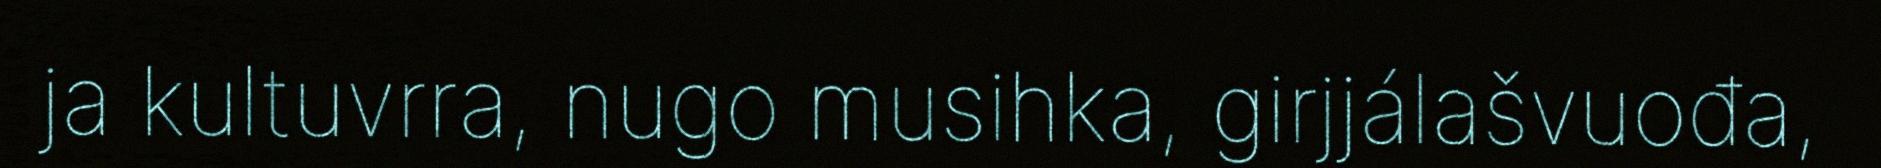
ja kultuvrra, nugo musihka, girjjálašvuođa,